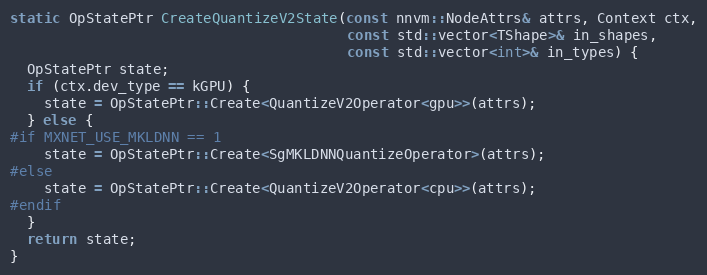
Language: C++
static OpStatePtr CreateQuantizeV2State(const nnvm::NodeAttrs& attrs, Context ctx,
                                        const std::vector<TShape>& in_shapes,
                                        const std::vector<int>& in_types) {
  OpStatePtr state;
  if (ctx.dev_type == kGPU) {
    state = OpStatePtr::Create<QuantizeV2Operator<gpu>>(attrs);
  } else {
#if MXNET_USE_MKLDNN == 1
    state = OpStatePtr::Create<SgMKLDNNQuantizeOperator>(attrs);
#else
    state = OpStatePtr::Create<QuantizeV2Operator<cpu>>(attrs);
#endif
  }
  return state;
}